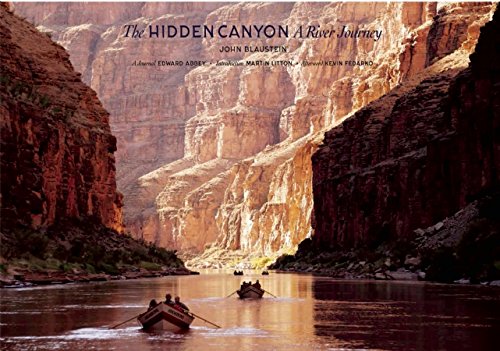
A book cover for The Hidden Canyon: A River Journey; Edward Abbey; Arts & Photography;